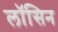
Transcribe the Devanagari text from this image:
लॉसिन